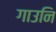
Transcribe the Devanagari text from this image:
गाउनि